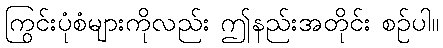
ကြွင်းပုံစံများကိုလည်း ဤနည်းအတိုင်း စဉ်ပါ။